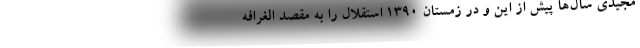
مجیدی سال‌ها پیش از این و در زمستان ۱۳۹۰ استقلال را به مقصد الغرافه